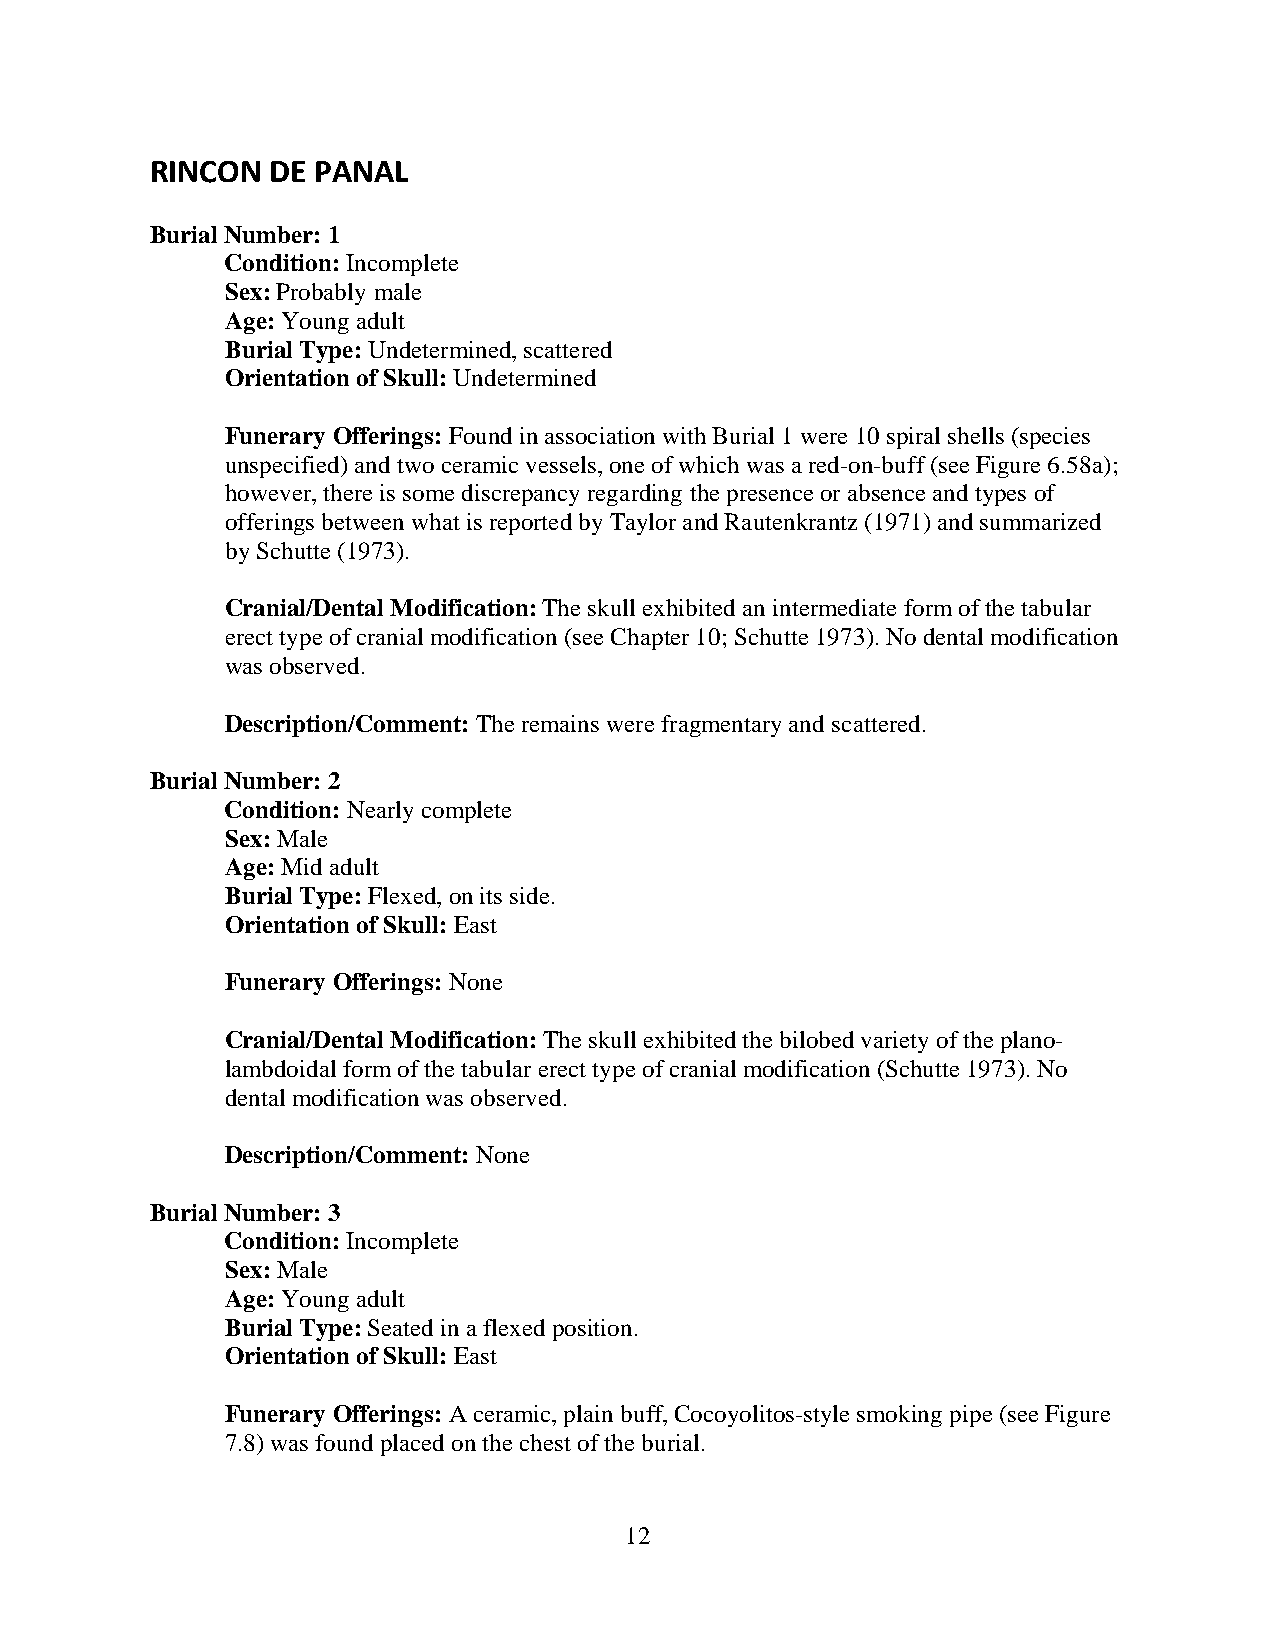
RINCON  DE PANAL
 Burial Number: 1
 Condition: Incomplete
 Sex: Probably male
 Age: Young adult
 Burial Type: Undetermined, scattered
 Orientation of Skull: Undetermined
 Funerary Offerings: Found in association with Burial 1 were 10 spiral shells (species
 unspecified) and two ceramic vessels, one of which was a red-on-buff (see Figure 6.58a);
 however, there is some discrepancy regarding the presence or absence and types of
 offerings between what is reported by Taylor and Rautenkrantz (1971) and summarized
 by Schutte (1973).
 Cranial/Dental Modification: The skull exhibited an intermediate form of the tabular
 erect type of cranial modification (see Chapter 10; Schutte 1973). No dental modification
 was observed.
 Description/Comment: The remains were fragmentary and scattered.
 Burial Number: 2
 Condition: Nearly complete
 Sex: Male
 Age: Mid adult
 Burial Type: Flexed, on its side.
 Orientation of Skull: East
 Funerary Offerings: None
 Cranial/Dental Modification: The skull exhibited the bilobed variety of the plano-
 lambdoidal form of the tabular erect type of cranial modification (Schutte 1973). No
 dental modification was observed.
 Description/Comment: None
 Burial Number: 3
 Condition: Incomplete
 Sex: Male
 Age: Young adult
 Burial Type: Seated in a flexed position.
 Orientation of Skull: East
 Funerary Offerings: A ceramic, plain buff, Cocoyolitos-style smoking pipe (see Figure
 7.8) was found placed on the chest of the burial.
 12